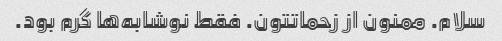
سلام. ممنون از زحماتتون. فقط نوشابه‌ها گرم بود.